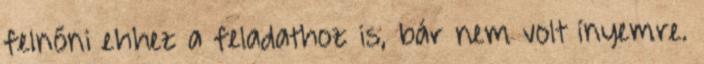
felnőni ehhez a feladathoz is, bár nem volt ínyemre.